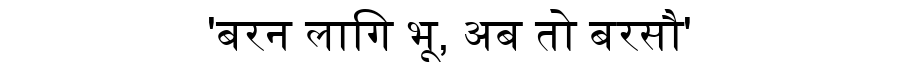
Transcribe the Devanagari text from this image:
'बरन लागि भू, अब तो बरसौ'